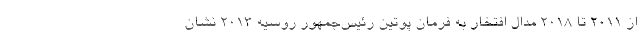
از ۲۰۱۱ تا ۲۰۱۸ مدال افتخار به فرمان پوتین رئیس‌جمهور روسیه ۲۰۱۳ نشان